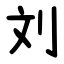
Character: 刘